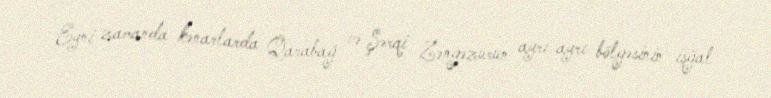
Eyni zamanda kənarlarda Qarabağ və Şərqi Zəngəzurun ayrı-ayrı bölgəsinin işğal